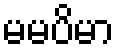
မမပိမာ